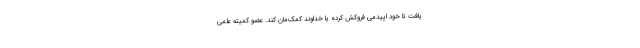
یافت تا خود اپیدمی فروکش کرده یا خداوند کمک‌مان کند. عضو کمیته علمی